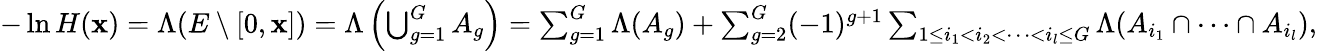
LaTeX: \begin{array}{r}{-\ln H(\textbf{x})=\Lambda(E\setminus[0,\textbf{x}])=\Lambda\left(\bigcup_{g=1}^{G}A_{g}\right)=\sum_{g=1}^{G}\Lambda(A_{g})+\sum_{g=2}^{G}(-1)^{g+1}\sum_{1\leq i_{1}<i_{2}<\dots<i_{l}\leq G}\Lambda(A_{i_{1}}\cap\dots\cap A_{i_{l}}),}\end{array}